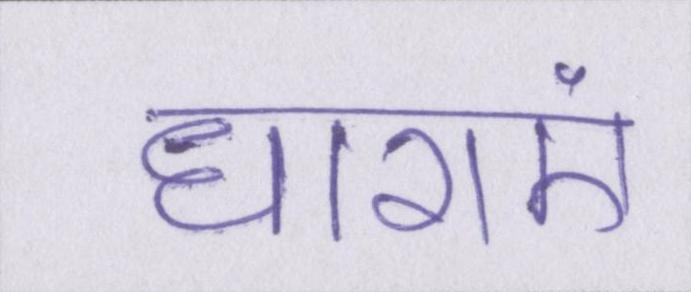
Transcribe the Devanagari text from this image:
धाराएं